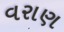
વરાણ